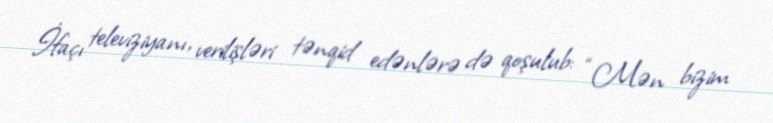
İfaçı televiziyanı, verilişləri tənqid edənlərə də qoşulub: “Mən bizim